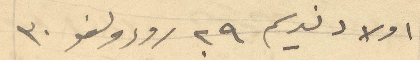
اولاد نديم 29 رودولفو 30